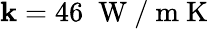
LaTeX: \mathbf{k}=46\; \mathrm{{~W~/~m~K~}}